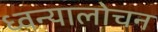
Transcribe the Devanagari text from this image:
ध्वन्यालोचन